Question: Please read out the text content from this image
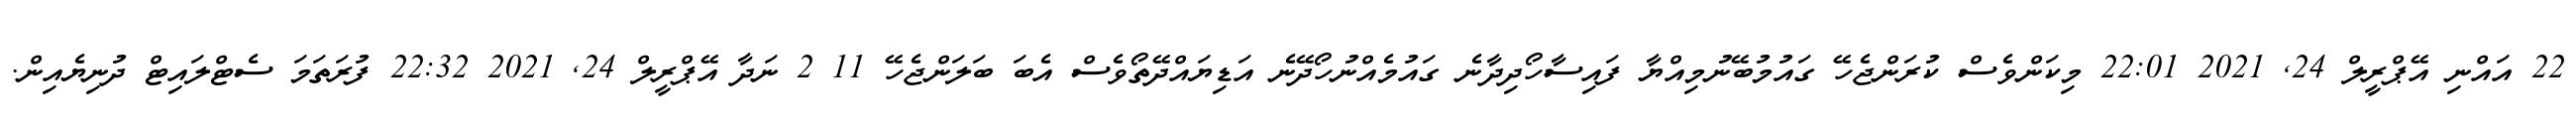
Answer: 22 އައްނި އޭޕްރީލް 24, 2021 22:01 މިކަންވެސް ކުރަންޖެހޭ ގައުމުބޭނުމިއްޔާ ފައިސާހޯދިދާނެ ގައުމެއްނުހޯދޭނެ އަޑިޔައްދޭތޯވެސް އެބަ ބަލަންޖެހޭ 11 2 ނަދާ އޭޕްރީލް 24, 2021 22:32 ފުރަތަމަ ސެޓްލައިޓް ދުނިޔެއިން.